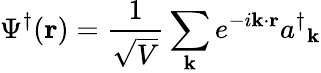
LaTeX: \Psi^{\dagger}(\mathbf{r})={\frac{1}{\sqrt{V}}}\sum_{\mathbf{k}}e^{-i\mathbf{k\cdot r}}{a^{\dagger}}_{\mathbf{k}}